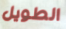
الطويل